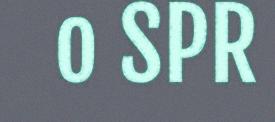
o SPR